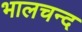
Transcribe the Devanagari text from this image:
भालचन्द